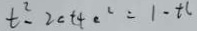
t ^ { 2 } - 2 0 t + c ^ { 2 } = 1 - t c